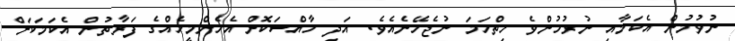
ނުވުމުން އެކަމާއި ނުރުހުންވެ ހިތްހަމަ ނުޖެހޭނެއެވެ. އަދި ހާއްސަކޮށް އެހެންމީހެއްގެ ފަރާތުން އެކަމަކަށް